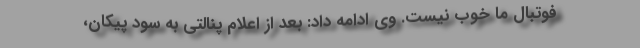
فوتبال ما خوب نیست. وی ادامه داد: بعد از اعلام پنالتی به سود پیکان،